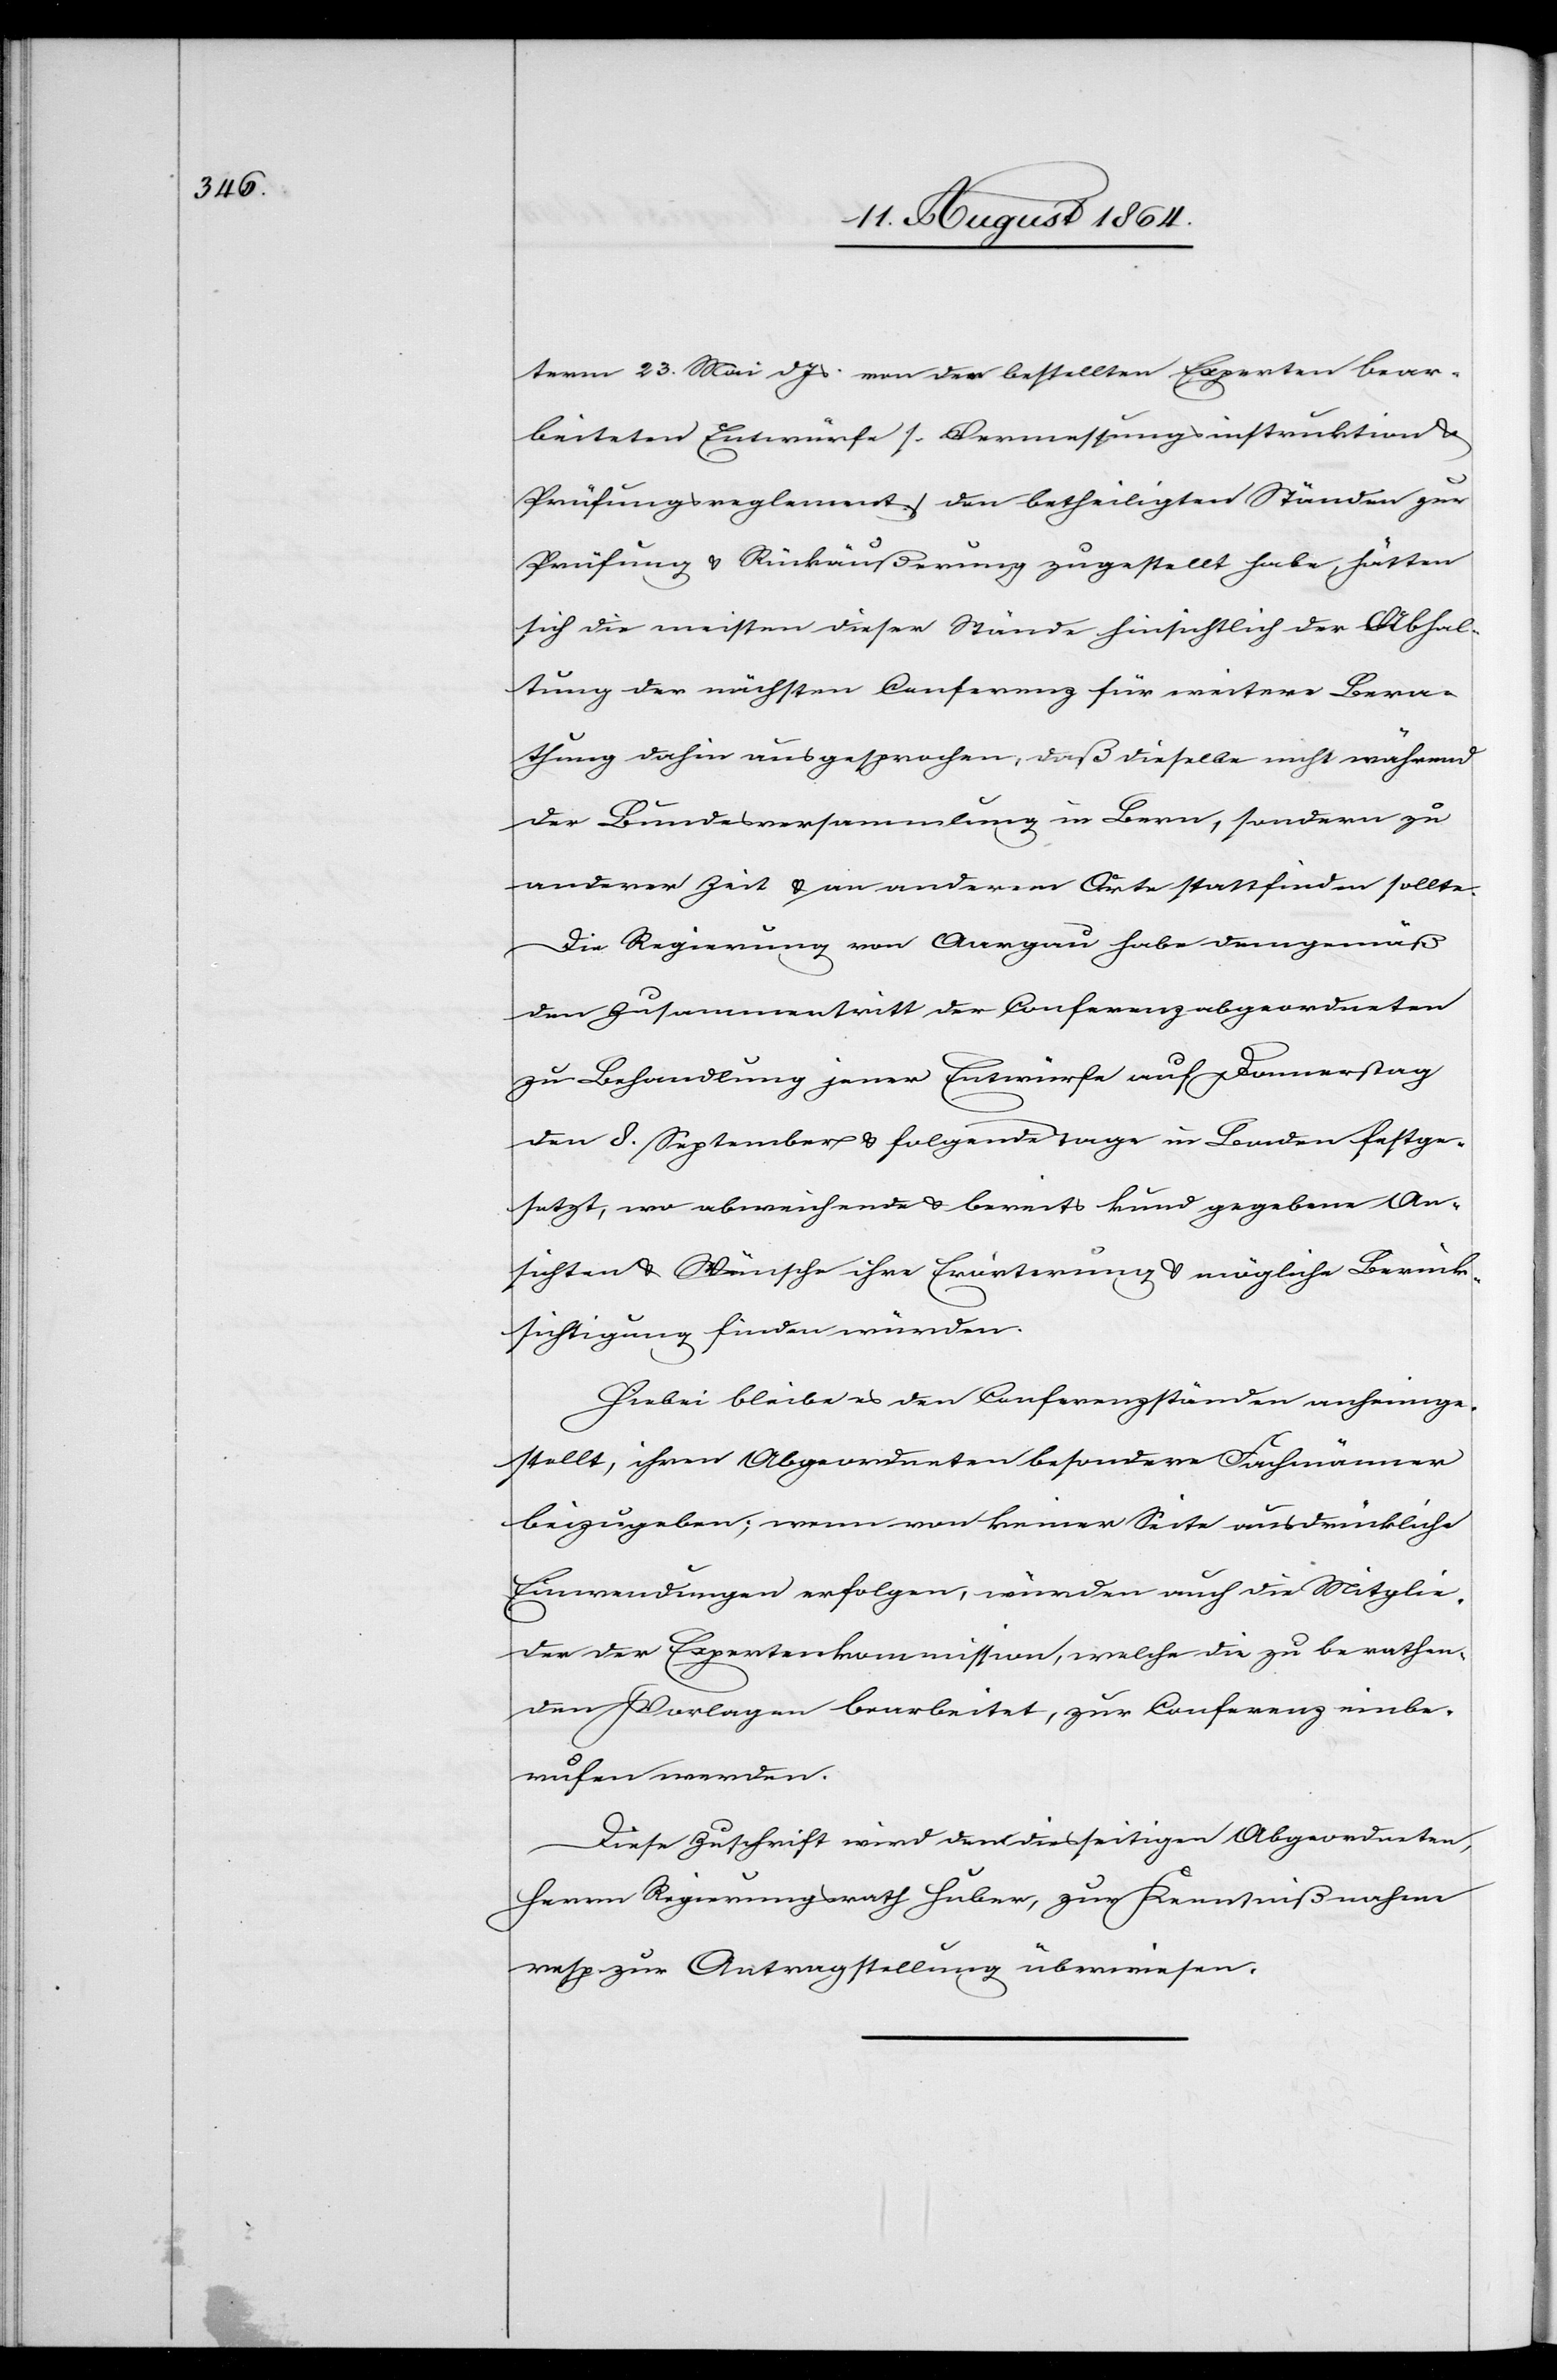
term 23. Mai d. Js. von der [sic!] betreffenden Experten bear¬
beiteten Entwürfe [Vermessungsinstruktion
Prüfungsreglement] den betheiligten Ständen zur
Prüfung & Rückäußerung zugestellt habe, hätten
sich die meisten dieser Stände hinsichtlich der Abhal¬
tung der nächsten Conferenz für weitere Bera¬
thung dahin ausgesprochen, daß dieselbe nicht während
der Bundesversammlung in Bern, sondern zu
anderer Zeit & an anderem Orte stattfinden sollte.
Die Regierung von Aargau habe demgemäß
den Zusammentritt der Conferenz abgeordneten
zu Behandlung jener Entwürfe auf Donnerstag
den 8. September & folgende Tage in Baden festge¬
setzt, wo abweichende & bereits kund gegebene An¬
sichten & Wünsche ihre Erörterung & mögliche Berück¬
sichtigung finden würden.
Hiebei bleibe es den Conferenzständen anheimge¬
stellt, ihren Abgeordneten besondere Fachmänner
beizugeben; wenn von keiner Seite ausdrückliche
Einwendungen erfolgen, würden auch die Mitglieder
der der [sic!] Expertenkommission, welche die zu berathen¬
den Vorlagen bearbeitet, zur Conferenz einbe¬
rufen werden.
Diese Zuschrift wird dem diesseitigen Abgeordneten
Herrn Regierungsrath Huber, zur Kenntnißnahme
resp. zur Antragstellung überwiesen.